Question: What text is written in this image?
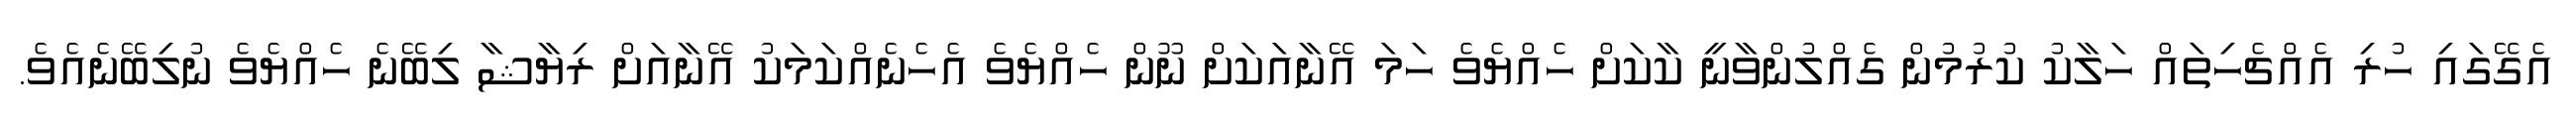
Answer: އެގޭގައި ހުރި އެއްޗެހިތައް ހަލާކު ކުރުމުން ގެއްލުންވާނީ ކާކަށް ހެއްޔެވެ ހަމަ އޭނާއަކަށް ނޫން ހެއްޔެވެ އެހެނެއްކަމަކު އޭނާއަށް ރިޔާޝާ ލިބޭނެ ހެއްޔެވެ ނުލިބޭނެއެވެ.